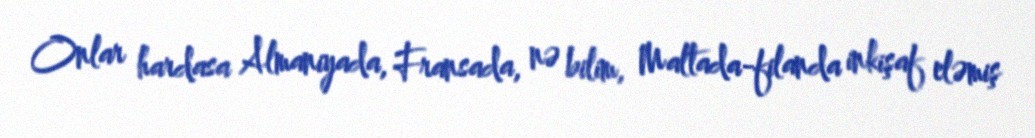
Onlar hardasa Almaniyada, Fransada, nə bilim, Maltada-filanda inkişaf eləmiş